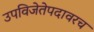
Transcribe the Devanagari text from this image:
उपविजेतेपदावरच